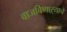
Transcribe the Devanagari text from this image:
वाजविणाऱ्याचे